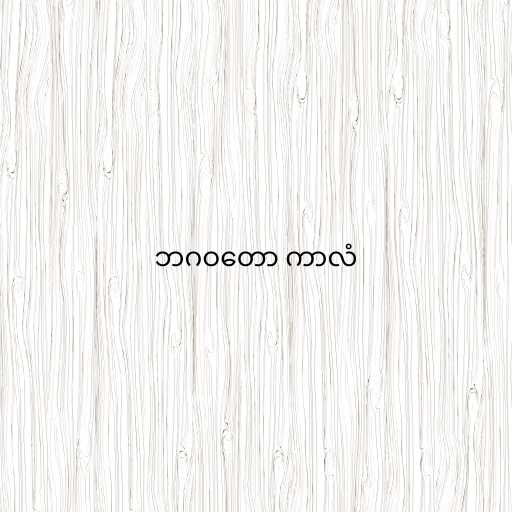
ဘဂဝတော ကာလံ